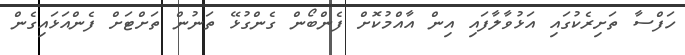
ހަފްސާ ތަށިރެކުގައި އަޅުވާލާފައި އިން އާއްމުކޮށް ފެންބޯން ގެންގުޅޭ ތަނުން ތަށްޓަށް ފެންއަޅައިގެން